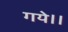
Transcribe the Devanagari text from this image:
गये।।